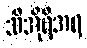
သီအိုရီအရ